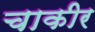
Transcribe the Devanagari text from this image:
चाकीर